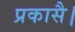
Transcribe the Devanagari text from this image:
प्रकासै।